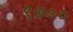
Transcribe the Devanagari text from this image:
९७००